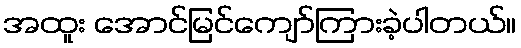
အထူး အောင်မြင်ကျော်ကြားခဲ့ပါတယ်။